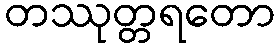
တဿုတ္တရတော